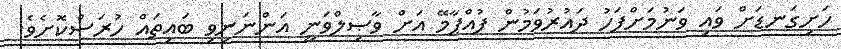
ހަށިގަނޑަށް ވައި ވަނުމަށްފަހު ދައުރުވަމުން ފުއްޕާމޭ އަށް ވާޞިލްވަނީ އަންނަނިވި ބައިތައް ހުރަސްކޮށެވެ.